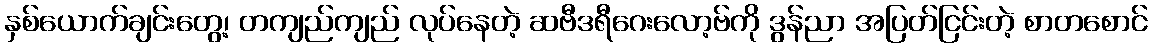
နှစ်ယောက်ချင်းတွေ့၊ တကျည်ကျည် လုပ်နေတဲ့ ဆဗီဒရီဂေးလော့ဗ်ကို ဒွန်ညာ အပြတ်ငြင်းတဲ့ စာတစောင်